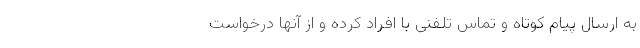
به ارسال پیام کوتاه و تماس تلفنی با افراد کرده و از آنها درخواست